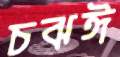
চঝঈ